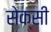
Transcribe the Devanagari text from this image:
सेक्‍सी